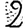
Digit: 2